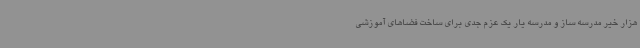
هزار خیر مدرسه ساز و مدرسه یار یک عزم جدی برای ساخت فضاهای آموزشی